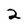
Character: 2